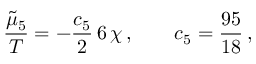
\frac { \tilde { \mu } _ { 5 } } { T } = - \frac { c _ { 5 } } { 2 } \, 6 \, \chi \, , \qquad c _ { 5 } = \frac { 9 5 } { 1 8 } \, ,